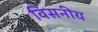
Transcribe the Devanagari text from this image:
विसनीय